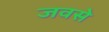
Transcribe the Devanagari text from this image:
जवसे